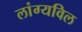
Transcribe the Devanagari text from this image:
लांग्यविल